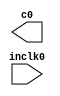
// megafunction wizard: %ALTPLL%VBB%
// GENERATION: STANDARD
// VERSION: WM1.0
// MODULE: altpll 

// ============================================================
// Megafunction Name(s):
// 			altpll
//
// Simulation Library Files(s):
// 			altera_mf
// ============================================================
// ************************************************************
// THIS IS A WIZARD-GENERATED FILE. DO NOT EDIT THIS FILE!
//
// 13.1.0 Build 162 10/23/2013 SJ Web Edition
// ************************************************************

//Copyright (C) 1991-2013 Altera Corporation
//Your use of Altera Corporation's design tools, logic functions 
//and other software and tools, and its AMPP partner logic 
//functions, and any output files from any of the foregoing 
//(including device programming or simulation files), and any 
//associated documentation or information are expressly subject 
//to the terms and conditions of the Altera Program License 
//Subscription Agreement, Altera MegaCore Function License 
//Agreement, or other applicable license agreement, including, 
//without limitation, that your use is for the sole purpose of 
//programming logic devices manufactured by Altera and sold by 
//Altera or its authorized distributors.  Please refer to the 
//applicable agreement for further details.

module pll (
	inclk0,
	c0);

	input	  inclk0;
	output	  c0;

endmodule

// ============================================================
// CNX file retrieval info
// ============================================================
// Retrieval info: PRIVATE: ACTIVECLK_CHECK STRING "0"
// Retrieval info: PRIVATE: BANDWIDTH STRING "1.000"
// Retrieval info: PRIVATE: BANDWIDTH_FEATURE_ENABLED STRING "1"
// Retrieval info: PRIVATE: BANDWIDTH_FREQ_UNIT STRING "MHz"
// Retrieval info: PRIVATE: BANDWIDTH_PRESET STRING "Low"
// Retrieval info: PRIVATE: BANDWIDTH_USE_AUTO STRING "1"
// Retrieval info: PRIVATE: BANDWIDTH_USE_PRESET STRING "0"
// Retrieval info: PRIVATE: CLKBAD_SWITCHOVER_CHECK STRING "0"
// Retrieval info: PRIVATE: CLKLOSS_CHECK STRING "0"
// Retrieval info: PRIVATE: CLKSWITCH_CHECK STRING "0"
// Retrieval info: PRIVATE: CNX_NO_COMPENSATE_RADIO STRING "0"
// Retrieval info: PRIVATE: CREATE_CLKBAD_CHECK STRING "0"
// Retrieval info: PRIVATE: CREATE_INCLK1_CHECK STRING "0"
// Retrieval info: PRIVATE: CUR_DEDICATED_CLK STRING "c0"
// Retrieval info: PRIVATE: CUR_FBIN_CLK STRING "c0"
// Retrieval info: PRIVATE: DEVICE_SPEED_GRADE STRING "7"
// Retrieval info: PRIVATE: DIV_FACTOR0 NUMERIC "1"
// Retrieval info: PRIVATE: DUTY_CYCLE0 STRING "50.00000000"
// Retrieval info: PRIVATE: EFF_OUTPUT_FREQ_VALUE0 STRING "100.000000"
// Retrieval info: PRIVATE: EXPLICIT_SWITCHOVER_COUNTER STRING "0"
// Retrieval info: PRIVATE: EXT_FEEDBACK_RADIO STRING "0"
// Retrieval info: PRIVATE: GLOCKED_COUNTER_EDIT_CHANGED STRING "1"
// Retrieval info: PRIVATE: GLOCKED_FEATURE_ENABLED STRING "0"
// Retrieval info: PRIVATE: GLOCKED_MODE_CHECK STRING "0"
// Retrieval info: PRIVATE: GLOCK_COUNTER_EDIT NUMERIC "1048575"
// Retrieval info: PRIVATE: HAS_MANUAL_SWITCHOVER STRING "1"
// Retrieval info: PRIVATE: INCLK0_FREQ_EDIT STRING "27.000"
// Retrieval info: PRIVATE: INCLK0_FREQ_UNIT_COMBO STRING "MHz"
// Retrieval info: PRIVATE: INCLK1_FREQ_EDIT STRING "100.000"
// Retrieval info: PRIVATE: INCLK1_FREQ_EDIT_CHANGED STRING "1"
// Retrieval info: PRIVATE: INCLK1_FREQ_UNIT_CHANGED STRING "1"
// Retrieval info: PRIVATE: INCLK1_FREQ_UNIT_COMBO STRING "MHz"
// Retrieval info: PRIVATE: INTENDED_DEVICE_FAMILY STRING "Cyclone IV E"
// Retrieval info: PRIVATE: INT_FEEDBACK__MODE_RADIO STRING "1"
// Retrieval info: PRIVATE: LOCKED_OUTPUT_CHECK STRING "0"
// Retrieval info: PRIVATE: LONG_SCAN_RADIO STRING "1"
// Retrieval info: PRIVATE: LVDS_MODE_DATA_RATE STRING "Not Available"
// Retrieval info: PRIVATE: LVDS_MODE_DATA_RATE_DIRTY NUMERIC "0"
// Retrieval info: PRIVATE: LVDS_PHASE_SHIFT_UNIT0 STRING "deg"
// Retrieval info: PRIVATE: MIG_DEVICE_SPEED_GRADE STRING "Any"
// Retrieval info: PRIVATE: MIRROR_CLK0 STRING "0"
// Retrieval info: PRIVATE: MULT_FACTOR0 NUMERIC "1"
// Retrieval info: PRIVATE: NORMAL_MODE_RADIO STRING "1"
// Retrieval info: PRIVATE: OUTPUT_FREQ0 STRING "100.00000000"
// Retrieval info: PRIVATE: OUTPUT_FREQ_MODE0 STRING "1"
// Retrieval info: PRIVATE: OUTPUT_FREQ_UNIT0 STRING "MHz"
// Retrieval info: PRIVATE: PHASE_RECONFIG_FEATURE_ENABLED STRING "1"
// Retrieval info: PRIVATE: PHASE_RECONFIG_INPUTS_CHECK STRING "0"
// Retrieval info: PRIVATE: PHASE_SHIFT0 STRING "0.00000000"
// Retrieval info: PRIVATE: PHASE_SHIFT_STEP_ENABLED_CHECK STRING "0"
// Retrieval info: PRIVATE: PHASE_SHIFT_UNIT0 STRING "deg"
// Retrieval info: PRIVATE: PLL_ADVANCED_PARAM_CHECK STRING "0"
// Retrieval info: PRIVATE: PLL_ARESET_CHECK STRING "0"
// Retrieval info: PRIVATE: PLL_AUTOPLL_CHECK NUMERIC "1"
// Retrieval info: PRIVATE: PLL_ENHPLL_CHECK NUMERIC "0"
// Retrieval info: PRIVATE: PLL_FASTPLL_CHECK NUMERIC "0"
// Retrieval info: PRIVATE: PLL_FBMIMIC_CHECK STRING "0"
// Retrieval info: PRIVATE: PLL_LVDS_PLL_CHECK NUMERIC "0"
// Retrieval info: PRIVATE: PLL_PFDENA_CHECK STRING "0"
// Retrieval info: PRIVATE: PLL_TARGET_HARCOPY_CHECK NUMERIC "0"
// Retrieval info: PRIVATE: PRIMARY_CLK_COMBO STRING "inclk0"
// Retrieval info: PRIVATE: RECONFIG_FILE STRING "pll.mif"
// Retrieval info: PRIVATE: SACN_INPUTS_CHECK STRING "0"
// Retrieval info: PRIVATE: SCAN_FEATURE_ENABLED STRING "1"
// Retrieval info: PRIVATE: SELF_RESET_LOCK_LOSS STRING "0"
// Retrieval info: PRIVATE: SHORT_SCAN_RADIO STRING "0"
// Retrieval info: PRIVATE: SPREAD_FEATURE_ENABLED STRING "0"
// Retrieval info: PRIVATE: SPREAD_FREQ STRING "50.000"
// Retrieval info: PRIVATE: SPREAD_FREQ_UNIT STRING "KHz"
// Retrieval info: PRIVATE: SPREAD_PERCENT STRING "0.500"
// Retrieval info: PRIVATE: SPREAD_USE STRING "0"
// Retrieval info: PRIVATE: SRC_SYNCH_COMP_RADIO STRING "0"
// Retrieval info: PRIVATE: STICKY_CLK0 STRING "1"
// Retrieval info: PRIVATE: SWITCHOVER_COUNT_EDIT NUMERIC "1"
// Retrieval info: PRIVATE: SWITCHOVER_FEATURE_ENABLED STRING "1"
// Retrieval info: PRIVATE: SYNTH_WRAPPER_GEN_POSTFIX STRING "0"
// Retrieval info: PRIVATE: USE_CLK0 STRING "1"
// Retrieval info: PRIVATE: USE_CLKENA0 STRING "0"
// Retrieval info: PRIVATE: USE_MIL_SPEED_GRADE NUMERIC "0"
// Retrieval info: PRIVATE: ZERO_DELAY_RADIO STRING "0"
// Retrieval info: LIBRARY: altera_mf altera_mf.altera_mf_components.all
// Retrieval info: CONSTANT: BANDWIDTH_TYPE STRING "AUTO"
// Retrieval info: CONSTANT: CLK0_DIVIDE_BY NUMERIC "27"
// Retrieval info: CONSTANT: CLK0_DUTY_CYCLE NUMERIC "50"
// Retrieval info: CONSTANT: CLK0_MULTIPLY_BY NUMERIC "100"
// Retrieval info: CONSTANT: CLK0_PHASE_SHIFT STRING "0"
// Retrieval info: CONSTANT: COMPENSATE_CLOCK STRING "CLK0"
// Retrieval info: CONSTANT: INCLK0_INPUT_FREQUENCY NUMERIC "37037"
// Retrieval info: CONSTANT: INTENDED_DEVICE_FAMILY STRING "Cyclone IV E"
// Retrieval info: CONSTANT: LPM_TYPE STRING "altpll"
// Retrieval info: CONSTANT: OPERATION_MODE STRING "NORMAL"
// Retrieval info: CONSTANT: PLL_TYPE STRING "AUTO"
// Retrieval info: CONSTANT: PORT_ACTIVECLOCK STRING "PORT_UNUSED"
// Retrieval info: CONSTANT: PORT_ARESET STRING "PORT_UNUSED"
// Retrieval info: CONSTANT: PORT_CLKBAD0 STRING "PORT_UNUSED"
// Retrieval info: CONSTANT: PORT_CLKBAD1 STRING "PORT_UNUSED"
// Retrieval info: CONSTANT: PORT_CLKLOSS STRING "PORT_UNUSED"
// Retrieval info: CONSTANT: PORT_CLKSWITCH STRING "PORT_UNUSED"
// Retrieval info: CONSTANT: PORT_CONFIGUPDATE STRING "PORT_UNUSED"
// Retrieval info: CONSTANT: PORT_FBIN STRING "PORT_UNUSED"
// Retrieval info: CONSTANT: PORT_INCLK0 STRING "PORT_USED"
// Retrieval info: CONSTANT: PORT_INCLK1 STRING "PORT_UNUSED"
// Retrieval info: CONSTANT: PORT_LOCKED STRING "PORT_UNUSED"
// Retrieval info: CONSTANT: PORT_PFDENA STRING "PORT_UNUSED"
// Retrieval info: CONSTANT: PORT_PHASECOUNTERSELECT STRING "PORT_UNUSED"
// Retrieval info: CONSTANT: PORT_PHASEDONE STRING "PORT_UNUSED"
// Retrieval info: CONSTANT: PORT_PHASESTEP STRING "PORT_UNUSED"
// Retrieval info: CONSTANT: PORT_PHASEUPDOWN STRING "PORT_UNUSED"
// Retrieval info: CONSTANT: PORT_PLLENA STRING "PORT_UNUSED"
// Retrieval info: CONSTANT: PORT_SCANACLR STRING "PORT_UNUSED"
// Retrieval info: CONSTANT: PORT_SCANCLK STRING "PORT_UNUSED"
// Retrieval info: CONSTANT: PORT_SCANCLKENA STRING "PORT_UNUSED"
// Retrieval info: CONSTANT: PORT_SCANDATA STRING "PORT_UNUSED"
// Retrieval info: CONSTANT: PORT_SCANDATAOUT STRING "PORT_UNUSED"
// Retrieval info: CONSTANT: PORT_SCANDONE STRING "PORT_UNUSED"
// Retrieval info: CONSTANT: PORT_SCANREAD STRING "PORT_UNUSED"
// Retrieval info: CONSTANT: PORT_SCANWRITE STRING "PORT_UNUSED"
// Retrieval info: CONSTANT: PORT_clk0 STRING "PORT_USED"
// Retrieval info: CONSTANT: PORT_clk1 STRING "PORT_UNUSED"
// Retrieval info: CONSTANT: PORT_clk2 STRING "PORT_UNUSED"
// Retrieval info: CONSTANT: PORT_clk3 STRING "PORT_UNUSED"
// Retrieval info: CONSTANT: PORT_clk4 STRING "PORT_UNUSED"
// Retrieval info: CONSTANT: PORT_clk5 STRING "PORT_UNUSED"
// Retrieval info: CONSTANT: PORT_clkena0 STRING "PORT_UNUSED"
// Retrieval info: CONSTANT: PORT_clkena1 STRING "PORT_UNUSED"
// Retrieval info: CONSTANT: PORT_clkena2 STRING "PORT_UNUSED"
// Retrieval info: CONSTANT: PORT_clkena3 STRING "PORT_UNUSED"
// Retrieval info: CONSTANT: PORT_clkena4 STRING "PORT_UNUSED"
// Retrieval info: CONSTANT: PORT_clkena5 STRING "PORT_UNUSED"
// Retrieval info: CONSTANT: PORT_extclk0 STRING "PORT_UNUSED"
// Retrieval info: CONSTANT: PORT_extclk1 STRING "PORT_UNUSED"
// Retrieval info: CONSTANT: PORT_extclk2 STRING "PORT_UNUSED"
// Retrieval info: CONSTANT: PORT_extclk3 STRING "PORT_UNUSED"
// Retrieval info: CONSTANT: WIDTH_CLOCK NUMERIC "5"
// Retrieval info: USED_PORT: @clk 0 0 5 0 OUTPUT_CLK_EXT VCC "@clk[4..0]"
// Retrieval info: USED_PORT: c0 0 0 0 0 OUTPUT_CLK_EXT VCC "c0"
// Retrieval info: USED_PORT: inclk0 0 0 0 0 INPUT_CLK_EXT GND "inclk0"
// Retrieval info: CONNECT: @inclk 0 0 1 1 GND 0 0 0 0
// Retrieval info: CONNECT: @inclk 0 0 1 0 inclk0 0 0 0 0
// Retrieval info: CONNECT: c0 0 0 0 0 @clk 0 0 1 0
// Retrieval info: GEN_FILE: TYPE_NORMAL pll.v TRUE
// Retrieval info: GEN_FILE: TYPE_NORMAL pll.ppf TRUE
// Retrieval info: GEN_FILE: TYPE_NORMAL pll.inc FALSE
// Retrieval info: GEN_FILE: TYPE_NORMAL pll.cmp FALSE
// Retrieval info: GEN_FILE: TYPE_NORMAL pll.bsf FALSE
// Retrieval info: GEN_FILE: TYPE_NORMAL pll_inst.v FALSE
// Retrieval info: GEN_FILE: TYPE_NORMAL pll_bb.v TRUE
// Retrieval info: LIB_FILE: altera_mf
// Retrieval info: CBX_MODULE_PREFIX: ON